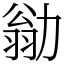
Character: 勜